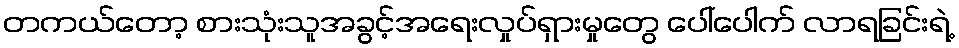
တကယ်တော့ စားသုံးသူအခွင့်အရေးလှုပ်ရှားမှုတွေ ပေါ်ပေါက် လာရခြင်းရဲ့